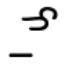
_ే